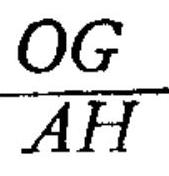
\(\frac{OG}{AH}\)